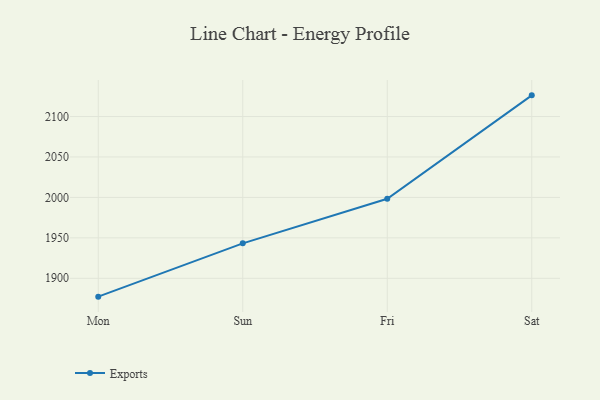
{"axis": {"x": "Day", "y": "Inventory Turnover"}, "legend": ["Exports"], "data": [{"x": "Mon", "y": 1877.3, "type": "Exports"}, {"x": "Sun", "y": 1943.2, "type": "Exports"}, {"x": "Fri", "y": 1998.3, "type": "Exports"}, {"x": "Sat", "y": 2126.2, "type": "Exports"}]}